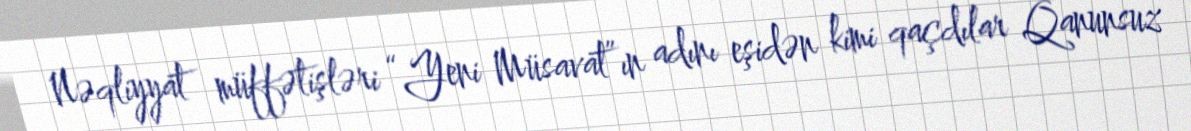
Nəqliyyat müffətişləri “Yeni Müsavat”ın adını eşidən kimi qaçdılar Qanunsuz